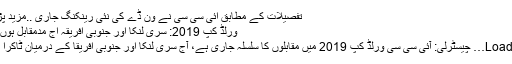
تفصیلات کے مطابق آئی سی سی نے ون ڈے کی نئی رینکنگ جاری ..مزید پڑھیں
ورلڈ کپ 2019: سری لنکا اور جنوبی افریقہ آج مدمقابل ہوں گے
Loading… چیسٹرلی: آئی سی سی ورلڈ کپ 2019 میں مقابلوں کا سلسلہ جاری ہے، آج سری لنکا اور جنوبی افریقا کے درمیان ٹاکرا ہوگا۔